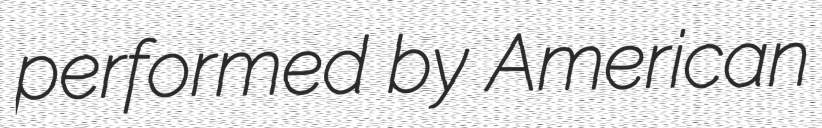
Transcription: performed by American